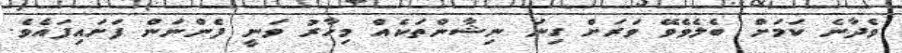
ވެދާނެ ކަމަށް ބެލެވެވޭ ވަރަށް ގިނަ ނިޝާންތަކެއް މިހާރު ވަނީ ފެންނަން ފަށައިފައެވެ.